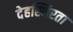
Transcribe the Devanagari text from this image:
देहस्थिरता